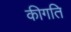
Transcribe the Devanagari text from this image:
कीगति